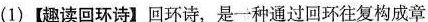
(1)【趣读回环诗】回环诗，是一种通过回环往复构成章 。